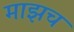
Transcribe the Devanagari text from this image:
माझच